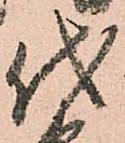
代